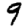
Digit: 9